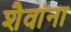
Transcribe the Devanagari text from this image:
शैवांना